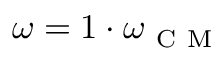
\omega = 1 \cdot \omega _ { \mathrm { ~ C ~ M ~ } }